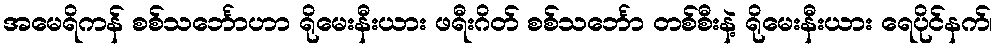
အမေရိကန် စစ်သင်္ဘောဟာ ရိုမေးနီးယား ဖရီးဂိတ် စစ်သင်္ဘော တစ်စီးနဲ့ ရိုမေးနီးယား ရေပိုင်နက်၊